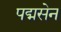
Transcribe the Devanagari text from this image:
पद्मसेन